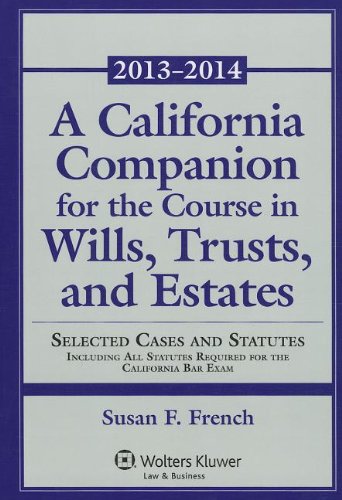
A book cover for A California Companion for the Course in Wills, Trusts, and Estates: 2013-2014 (Aspen Select); Susan F. French; Law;